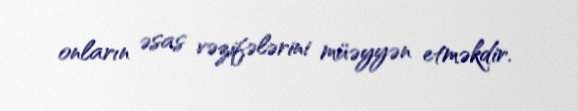
onların əsas vəzifələrini müəyyən etməkdir.